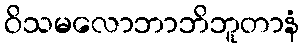
ဝိသမလောဘာဘိဘူတာနံ